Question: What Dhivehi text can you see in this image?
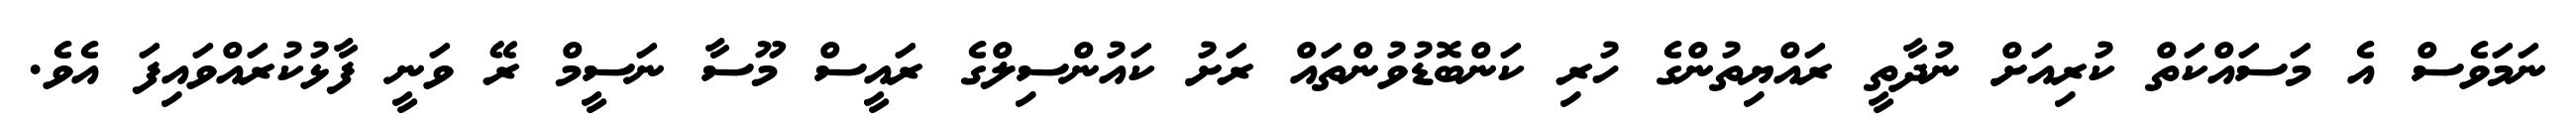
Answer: ނަމަވެސް އެ މަސައްކަތް ކުރިއަށް ނުދާތީ ރައްޔިތުންގެ ހުރި ކަންބޮޑުވުންތައް ރަށު ކައުންސިލްގެ ރައީސް މޫސާ ނަސީމް ރޭ ވަނީ ފާޅުކުރައްވައިފަ އެވެ.